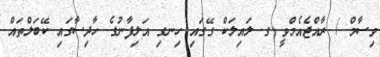
ވިސާމް / ރާއްޖެއެމްވީ ގ. ލައިލަކް ގޭގައި ހިނގި އަލިފާނުގެ ހާދިސާގައި ކޭބަލްތައް